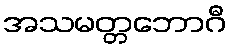
အသမတ္တဘောဂီ